Vaccination in the Punjab 1905-1918 - 1905-1918
Year: 1905
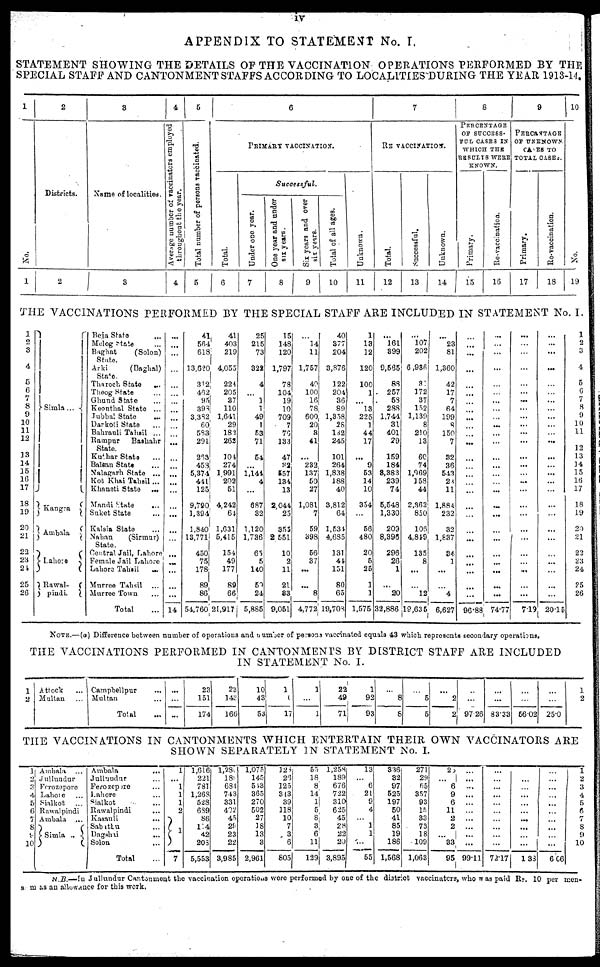
iv
APPENDIX TO STATEMENT No. I,
STATEMENT SHOWING THE DETAILS OF THE VACCINATION OPERATIONS PERFORMED BY THE
SPECIAL STAFF AND CANTONMENT STAFFS ACCORDING TO LOCALITIES DURING THE YEAR 1913-14.
1
No.
1
2
Districts.
2
3
Name of localities.
3
4
Average number of vaccinators employed
throughout the year.
4
5
Total number of persons vaccinated.
5
6
PRIMARY VACCINATION.
Total.
6
Successful.
Under one year.
7
One year and under
six years.
8
Six years and over
six years.
9
Total of all ages.
10
Unknown.
11
7
RE-VACCINATION.
Total.
12
Successful.
13
Unknown.
14
8
PERCENTAGE
OF SUCCESS-
FUL CASES IN
WHICH THE
RESULTS WERE
KNOWN.
Primary.
15
Re-vaccination.
16
9
PERCENTAGE
OF UNKNOWN
CASES TO
TOTAL CASES.
Primary.
17
Re-vaccination.
18
10
No.
19
THE VACCINATIONS PERFORMED BY THE SPECIAL STAFF ARE INCLUDED IN STATEMENT No. I.
1
2
3
4
5
6
7
8
9
10
11
12
13
14
15
16
17
18
19
20
21
22
23
24
25
26
Simla ...
Kangra
Ambala
Lahore
Rawal-
pindi.
Beja State ...
Melog state ...
Baghat
(Solon)
State.
Arki
(Baghal)
State.
Tharoch State
...
Theog State ...
Ghund State ...
Keonthal State ...
Jubbal State ...
Darkoti State ...
Bahrauli Tahsil ...
Rampur
Bashahr
State.
Kuthar State ...
Balsan State ...
Nalagarh State ...
Kot Khai Tahsil ...
Khaneti State
...
Mandi State
...
Suket State ...
Kalsia State ...
Nahan
(Sirmur)
State.
Central Jail, Lahore
Female Jail Lahore
Lahore Tahsil
...
Murree Tahsil ...
Murree Town ...
Total ...
...
...
...
...
...
...
...
...
...
...
...
...
...
...
...
...
...
...
...
...
...
...
...
...
...
...
14
41
564
618
13,620
312
462
95
393
3,332
60
583
291
263
453
5,374
441
125
9,790
1,394
1,840
13,771
450
75
178
89
86
54,760
41
403
219
4,055
224
205
37
110
1,641
29
182
262
104
274
1991
202
51
4,242
64
1,631
5,415
154
49
177
89
66
21,917
25
215
73
322
4
...
1
1
49
1
53
71
54
...
1,144
4
...
687
32
1,120
1,736
65
5
140
59
24
5,885
15
148
120
1,797
78
104
19
10
709
7
76
133
47
32
557
134
13
2,044
25
355
2,551
10
2
11
21
33
9,051
...
14
11
1,757
40
100
16
78
600
20
3
41
...
233
137
50
27
1,081
7
59
398
56
37
...
...
8
4,772
40
377
204
3,876
122
204
36
89
1,358
28
132
245
101
264
1,838
188
40
3,812
64
1,534
4,685
131
41
151
80
65
19,703
1
13
12
120
100
1
...
13
225
1
44
17
...
9
53
14
10
354
...
56
480
20
5
25
1
1
1,575
...
161
899
9,565
88
257
58
288
1,744
31
401
29
159
184
8,383
239
74
5,548
1,330
209
8,395
296
26
1
...
20
32,886
...
107
202
6,936
82
172
37
152
1,139
8
210
13
60
74
1,969
158
44
2,362
850
106
4,849
135
8
...
...
12
19,635
...
23
81
1,360
42
17
7
64
199
8
150
7
32
36
543
23
11
1,884
232
32
1,837
34
1
...
...
4
6,627
...
...
...
...
...
...
...
...
...
...
...
...
...
...
...
...
...
...
...
...
...
...
...
...
...
...
96.88
...
...
...
...
...
...
...
...
...
...
...
...
...
...
...
...
...
...
...
...
...
...
...
...
...
...
74.77
...
...
...
...
...
...
...
...
...
...
...
...
...
...
...
...
...
...
...
...
...
...
...
...
...
...
7.19
...
...
...
...
...
...
...
...
...
...
...
...
...
...
...
...
...
...
...
...
...
...
...
...
...
...
20.15
1
2
3
4
5
6
7
8
9
10
11
12
13
14
15
16
17
18
19
20
21
22
23
24
25
26
NOTE.—(a) Difference between number of operations and number of persons vaccinated equals 43 which represents secondary operations.
THE VACCINATIONS PERFORMED IN CANTONMENTS BY DISTRICT STAFF ARE INCLUDED
IN STATEMENT No. I.
1
2
Attock ...
Multan ...
Campbellpur ...
Multan ...
Total ...
...
...
...
23
151
174
23
143
166
10
48
53
1
1
17
1
...
1
22
49
71
1
92
93
...
8
8
...
5
5
...
2
2
...
...
97.26
...
...
83.33
...
...
66.02
...
...
25.0
1
2
THE VACCINATIONS IN CANTONMENTS WHICH ENTERTAIN THEIR OWN VACCINATORS ARE
SHOWN SEPARATELY IN STATEMENT No. I.
1
2
3
4
5
6
7
8
9
10
Ambala ...
Jullundur
Ferozepore
Lahore ...
Sialkot
...
Rawalpindi
Ambala ...
Simla
..
Ambala
...
Jullundur ...
Ferozepore ...
Lahore ...
Sialkot ...
Rawalpindi
...
Kasauli ...
Sabathu ...
Dagshai
...
Solon ...
Total ...
1
...
1
1
1
2
1
7
1,616
221
781
1,268
528
689
86
114
42
208
5,553
l,280
189
684
743
331
402
45
28
23
22
3,985
1,075
145
543
365
270
502
27
18
13
3
2,961
126
26
125
343
39
118
10
7
3
6
805
55
18
8
14
1
5
8
3
6
11
129
1,258
189
676
722
310
625
45
28
22
20
3,895
13
...
6
21
9
4
...
1
1
...
55
336
32
97
525
197
50
41
85
19
186
1,568
271
29
65
357
93
15
33
73
18
109
1,063
25
...
6
9
6
11
2
2
...
33
95
...
...
...
...
...
...
...
...
...
...
99.11
...
...
...
...
...
...
...
...
...
...
72.17
...
...
...
...
...
...
...
...
...
...
133
...
...
...
...
...
...
...
...
...
...
6.06
1
2
3
4
5
6
7
8
9
10
N.B.—In Jullundur Cantonment the vaccination operations were performed by one of the district vaccinators, who was paid Rs. 10 per men-
s m as an allowance for this work.